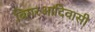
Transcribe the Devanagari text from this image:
बिगरआदिवासी